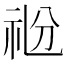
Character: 𥘶